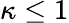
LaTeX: \kappa\leq 1